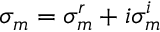
\sigma _ { m } = \sigma _ { m } ^ { r } + i \sigma _ { m } ^ { i }